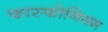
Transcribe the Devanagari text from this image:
फास्फोनियम